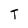
Character: T